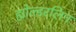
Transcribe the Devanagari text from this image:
ह्योल्डरलिन